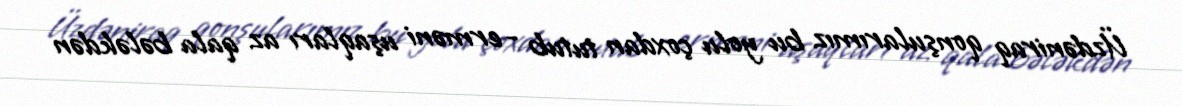
Üzdəniraq qonşularımız bu yolu çoxdan tutub - erməni uşaqları az qala bələkdən